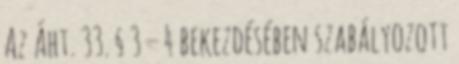
Az Áht. 33. § 3 – 4 bekezdésében szabályozott